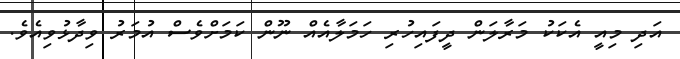
އަދި މިއީ އެކަކު މަރާލަން ދީފައިހުރި ހަމަލާއެއް ނޫން ކަމަށްވެސް އުމަރު ވިދާޅުވިއެވެ.